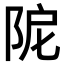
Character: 𨹖